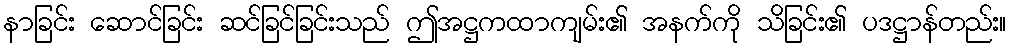
နာခြင်း ဆောင်ခြင်း ဆင်ခြင်ခြင်းသည် ဤအဋ္ဌကထာကျမ်း၏ အနက်ကို သိခြင်း၏ ပဒဋ္ဌာန်တည်း။